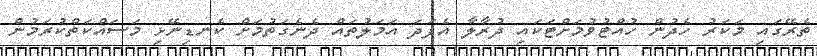
ތެރޭގައި މަކަރު ހެދުން ހުއްޓުވުމަށްޓަކައި ދުރާލާ އެފަދަ އަމަލުތައް ދެނެގަތުމަށް ކެނޑިނޭޅި މަސައްކަތްކުރަމުން